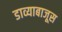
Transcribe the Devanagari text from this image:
डाव्याबाजूस